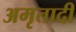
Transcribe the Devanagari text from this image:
अमृतादी